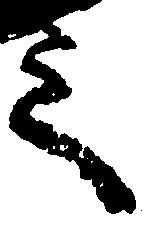
之